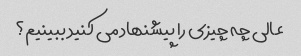
عالی چه چیزی را پیشنهاد می کنید ببینیم؟